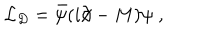
{ \cal L } _ { D } = \bar { \psi } ( i \partial \! \! \! / - M ) \psi \; ,